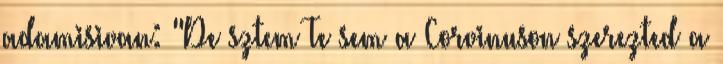
adamisivan: "De sztem Te sem a Corvinuson szerezted a